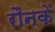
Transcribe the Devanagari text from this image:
रौनकें